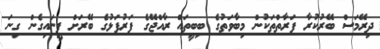
ދިރޭމަސް ބޭރުކުރާ ފަރާތްތަކުން މިބާވަތުގެ ބިބީތައް ރާއްޖޭގެ ފަރުފަޅުގެ ބޭރަށް ފީނައިގެން ގިނަ